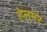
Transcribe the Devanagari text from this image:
हेलमर